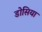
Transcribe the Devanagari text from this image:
डोसिया